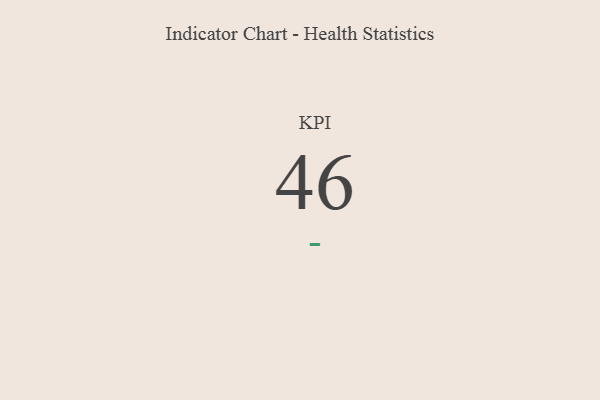
{"axis": {"x": "KPI", "y": "Value"}, "legend": [""], "data": [{"x": "KPI", "y": 46, "type": ""}]}